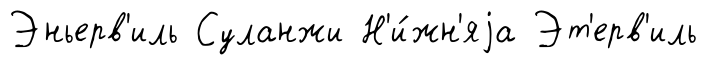
Эньерв'иль Суланжи Н'и́жн'яjа Эт'ерв'иль